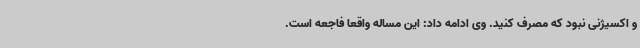
و اکسیژنی نبود که مصرف کنید. وی ادامه داد: این مساله واقعا فاجعه است.